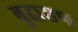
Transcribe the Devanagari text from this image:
बुदासफ